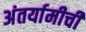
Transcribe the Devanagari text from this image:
अंतर्यामीची